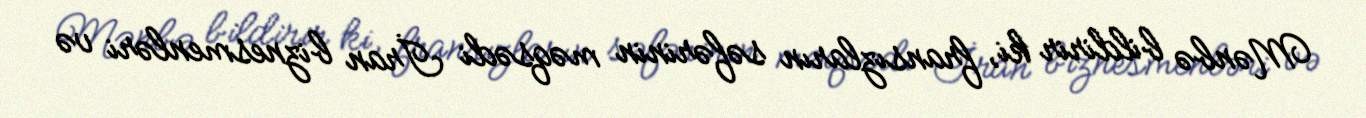
Mənbə bildirir ki, fransızların səfərinin məqsədi İran biznesmenləri və